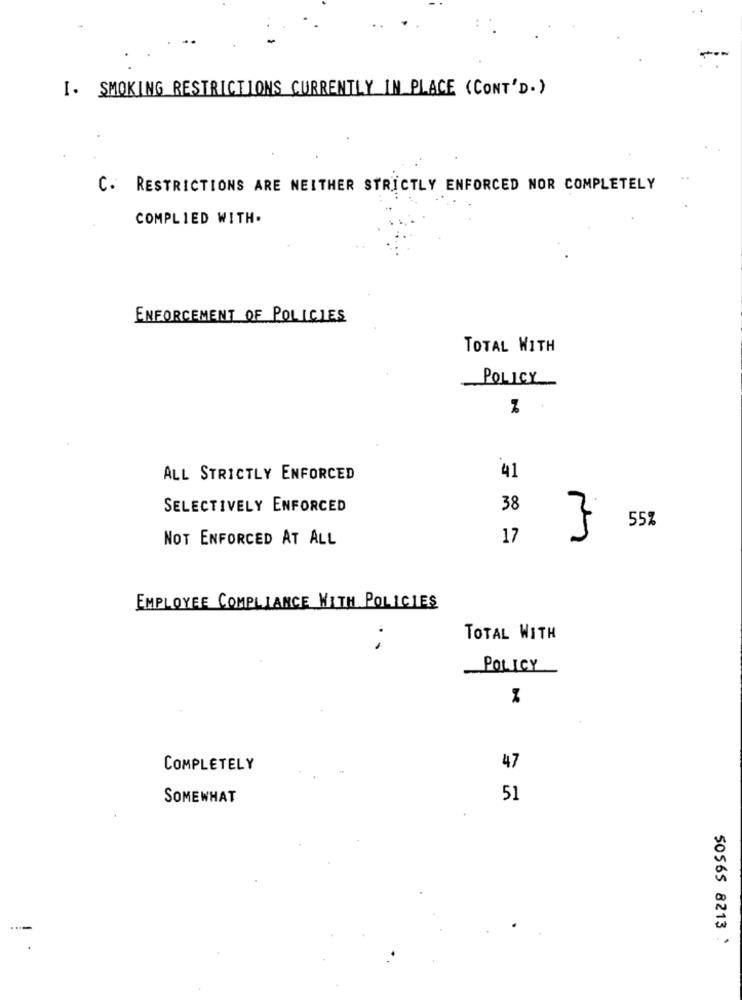
I. SMOKING RESTRICTIONS CURRENTLY IN PLACE (CONT'D.)
C. RESTRICTIONS ARE NEITHER STRICTLY ENFORCED NOR COMPLETELY
COMPLIED WITH.
ENFORCEMENT OF POLICIES
TOTAL WITH
POLICY
ALL STRICTLY ENFORCED
41
SELECTIVELY ENFORCED
38
7
55%
NOT ENFORCED AT ALL
17
EMPLOYEE COMPLIANCE WITH POLICIES
TOTAL WITH
POLICY
COMPLETELY
47
SOMEWHAT
51
50565 8213 :